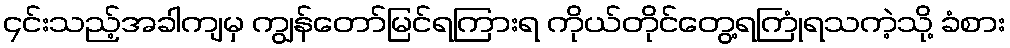
၄င်းသည့်အခါကျမှ ကျွန်တော်မြင်ရကြားရ ကိုယ်တိုင်တွေ့ရကြုံရသကဲ့သို့ ခံစား